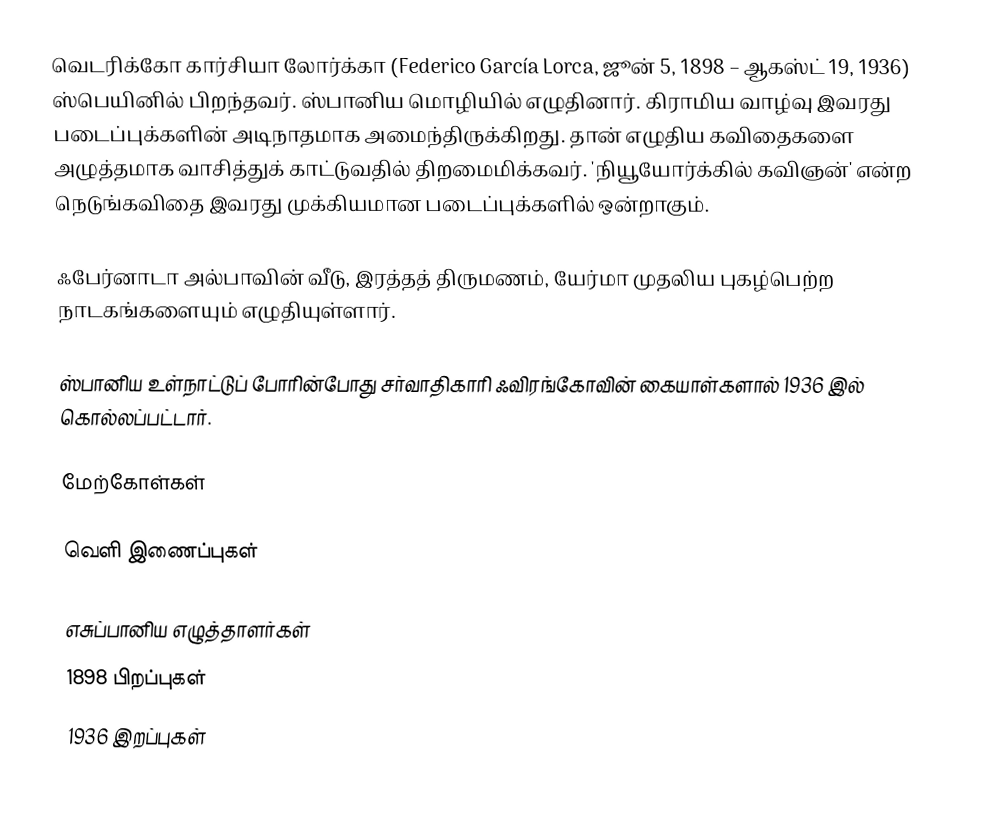
வெடரிக்கோ கார்சியா லோர்க்கா (Federico García Lorca, ஜூன் 5, 1898 – ஆகஸ்ட் 19, 1936) ஸ்பெயினில் பிறந்தவர். ஸ்பானிய மொழியில் எழுதினார். கிராமிய வாழ்வு இவரது படைப்புக்களின் அடிநாதமாக அமைந்திருக்கிறது. தான் எழுதிய கவிதைகளை அழுத்தமாக வாசித்துக் காட்டுவதில் திறமைமிக்கவர். 'நியூயோர்க்கில் கவிஞன்' என்ற நெடுங்கவிதை இவரது முக்கியமான படைப்புக்களில் ஒன்றாகும்.

ஃபேர்னாடா அல்பாவின் வீடு, இரத்தத் திருமணம், யேர்மா முதலிய புகழ்பெற்ற நாடகங்களையும் எழுதியுள்ளார்.

ஸ்பானிய உள்நாட்டுப் போரின்போது சர்வாதிகாரி ஃவிரங்கோவின் கையாள்களால் 1936 இல் கொல்லப்பட்டார்.

மேற்கோள்கள்

வெளி இணைப்புகள்

எசுப்பானிய எழுத்தாளர்கள்
1898 பிறப்புகள்
1936 இறப்புகள்